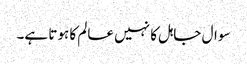
سوال جاہل کا نہیں عالم کا ہوتا ہے۔